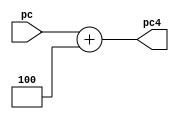
`timescale 1ns / 1ps
//////////////////////////////////////////////////////////////////////////////////
// Company: 
// Engineer: 
// 
// Design Name: 
// Module Name: PCAdd4
// Project Name: 
// Target Devices: 
// Tool Versions: 
// Description: 
// 
// Dependencies: 
// 
// Revision:
// Revision 0.01 - File Created
// Additional Comments:
// 
//////////////////////////////////////////////////////////////////////////////////


module PCAdd4(
	input [31:0]pc,
	output reg[31:0]pc4
    );
	always @(pc) begin
		pc4<=pc+4;
	end
endmodule